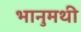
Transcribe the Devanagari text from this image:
भानुमथी